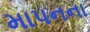
માપનના